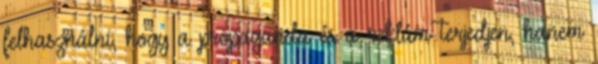
felhasználni, hogy a propaganda és a reklám terjedjen, hanem